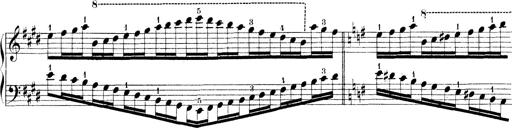
Title: Technische Studien
Composer: Franz Liszt